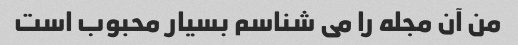
من آن مجله را می شناسم بسیار محبوب است